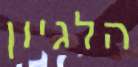
הלגיון